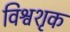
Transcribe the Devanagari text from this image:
विश्वशृक